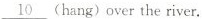
\underline{10} (hang) over the river.